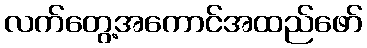
လက်တွေ့အကောင်အထည်ဖော်